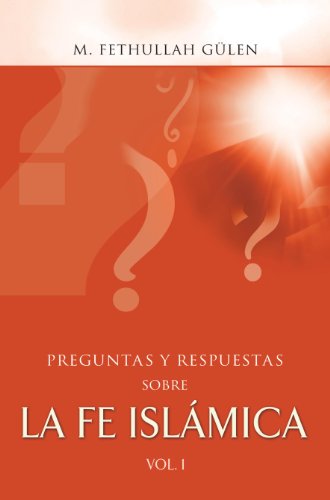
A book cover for Preguntas y Respuestas sobre la Fe Islamica Vol.-1 (Spanish Edition); M. Fethullah Gulen; Religion & Spirituality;